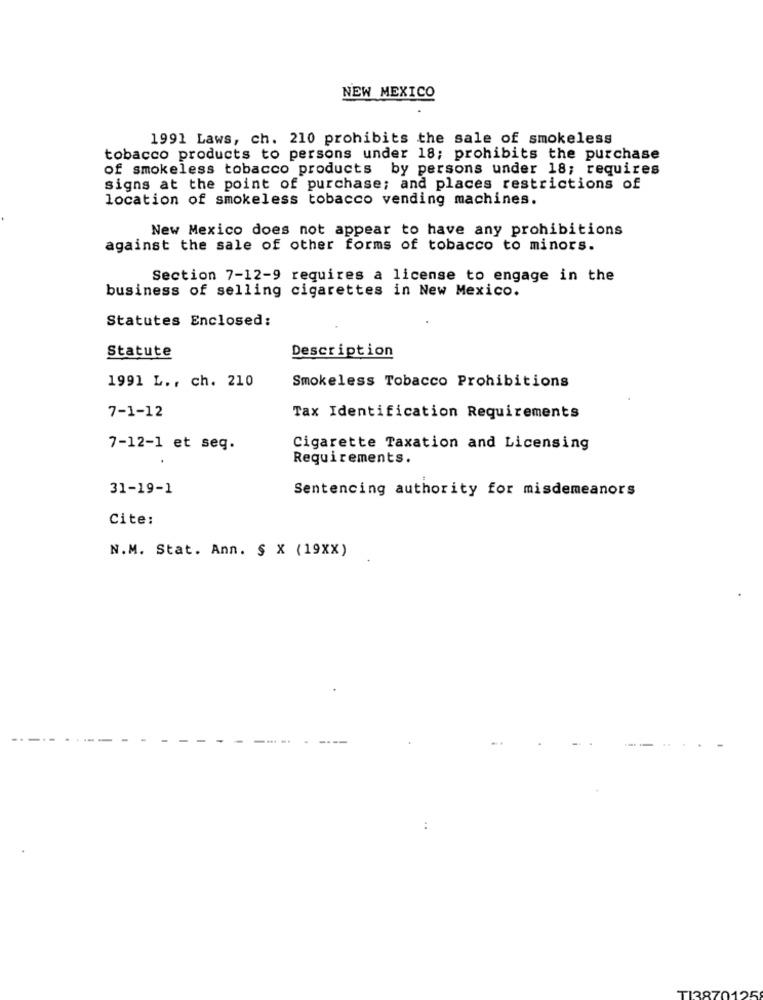
NEW MEXICO
1991 Laws, ch. 210 prohibits the sale of smokeless
tobacco products to persons under 18; prohibits the purchase
of smokeless tobacco products by persons under 18; requires
signs at the point of purchase; and places restrictions of
location of smokeless tobacco vending machines.
New Mexico does not appear to have any prohibitions
against the sale of other forms of tobacco to minors.
Section 7-12-9 requires a license to engage in the
business of selling cigarettes in New Mexico.
Statutes Enclosed:
Statute
Description
1991 L ., ch. 210
Smokeless Tobacco Prohibitions
7-1-12
Tax Identification Requirements
7-12-1 et seq.
Cigarette Taxation and Licensing
Requirements.
31-19-1
Sentencing authority for misdemeanors
Cite:
N.M. Stat. Ann. § X (19XX)
TI38701'